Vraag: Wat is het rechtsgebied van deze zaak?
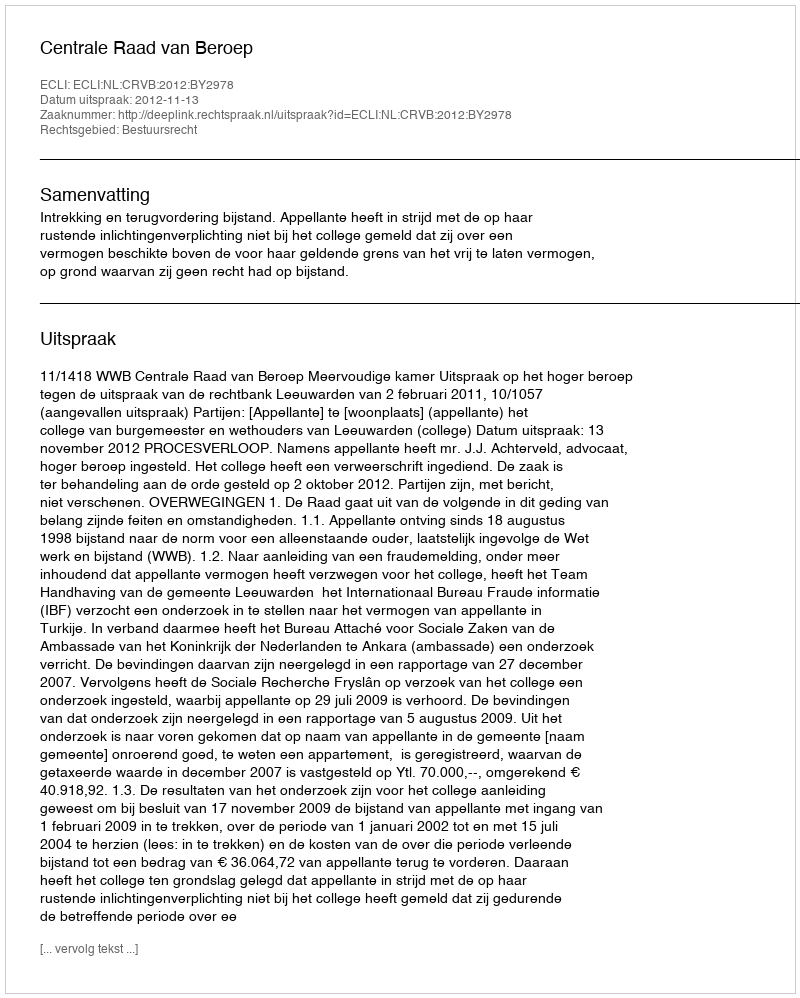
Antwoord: Bestuursrecht